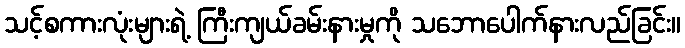
သင့်စကားလုံးများရဲ့ ကြီးကျယ်ခမ်းနားမှုကို သဘောပေါက်နားလည်ခြင်း။